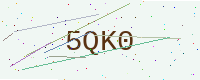
Text: 5QK0